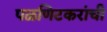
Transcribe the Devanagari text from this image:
पळणिटकरांची